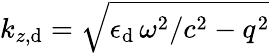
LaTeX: k_{z,\mathrm{d}}=\sqrt{\epsilon_{\mathrm{d}}\, \omega^{2}/c^{2}-q^{2}}